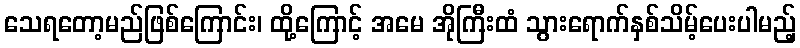
သေရတော့မည်ဖြစ်ကြောင်း၊ ထို့ကြောင့် အမေ အိုကြီးထံ သွားရောက်နှစ်သိမ့်ပေးပါမည့်